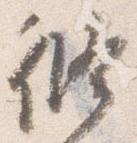
修